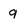
Character: g